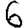
Digit: 6